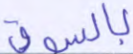
بالسوق